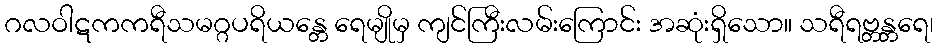
ဂလဝါဋကကရီသမဂ္ဂပရိယန္တေ ရေမျိုမှ ကျင်ကြီးလမ်းကြောင်း အဆုံးရှိသော။ သရီရဗ္တန္တရေ၊